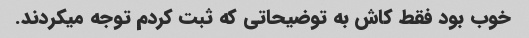
خوب بود فقط کاش به توضیحاتی که ثبت کردم توجه میکردند.